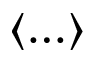
\langle \ldots \rangle